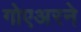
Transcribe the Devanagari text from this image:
गोएअरने